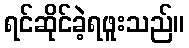
ရင်ဆိုင်ခဲ့ရဖူးသည်။